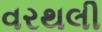
વરથલી